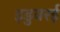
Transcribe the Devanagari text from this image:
इडुवरई